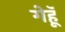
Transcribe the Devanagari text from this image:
गेहॅू